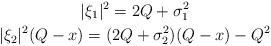
LaTeX: \begin{gather*}|\xi_1|^2=2Q+\sigma_1^2\\|\xi_2|^2(Q-x) = (2Q+\sigma_2^2)(Q-x)-Q^2\end{gather*}